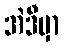
အဲဒီမှာ